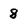
Character: 8